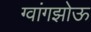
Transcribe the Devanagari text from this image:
ग्वांगझोऊ